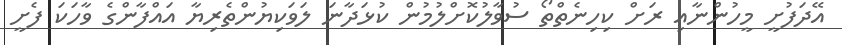
އޭދަފުށީ މީހުންނާއި ރަށް ކިހިނެތްތޯ ސުވާލުކޮށްލުމުން ކުޅަދާނަ ލަވަކިޔުންތެރިޔާ އައްފާންގެ ވާހަކަ ފެށީ